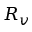
R _ { v }